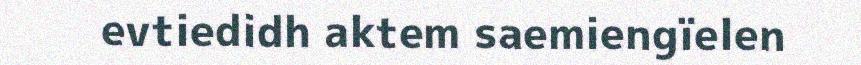
evtiedidh aktem saemiengïelen